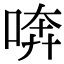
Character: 喯